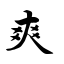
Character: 爽